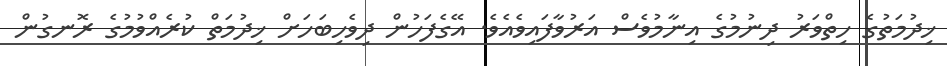
ޚިދުމަތުގެ ހިތްވަރު ދިނުމުގެ އިނާމުވެސް އަރުވާފައިވެއެވެ. އޭގެފަހުން ދިވެހިބަހަށް ޚިދުމަތް ކުރެއްވުމުގެ ރޮނގުން